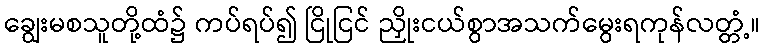
ချွေးမစသူတို့ထံ၌ ကပ်ရပ်၍ ငြိုငြင် ညှိုးငယ်စွာအသက်မွေးရကုန်လတ္တံ့။